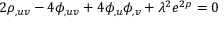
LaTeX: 2 \rho _ { , u v } - 4 \phi _ { , u v } + 4 \phi _ { , u } \phi _ { , v } + \lambda ^ { 2 } e ^ { 2 \rho } = 0